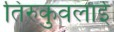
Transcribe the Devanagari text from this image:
तिरुकुवलाई